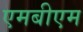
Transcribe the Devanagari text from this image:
एमबीएम